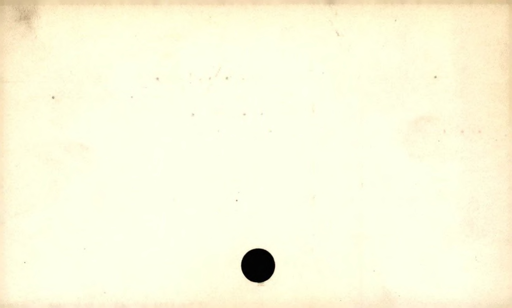
Label: blank